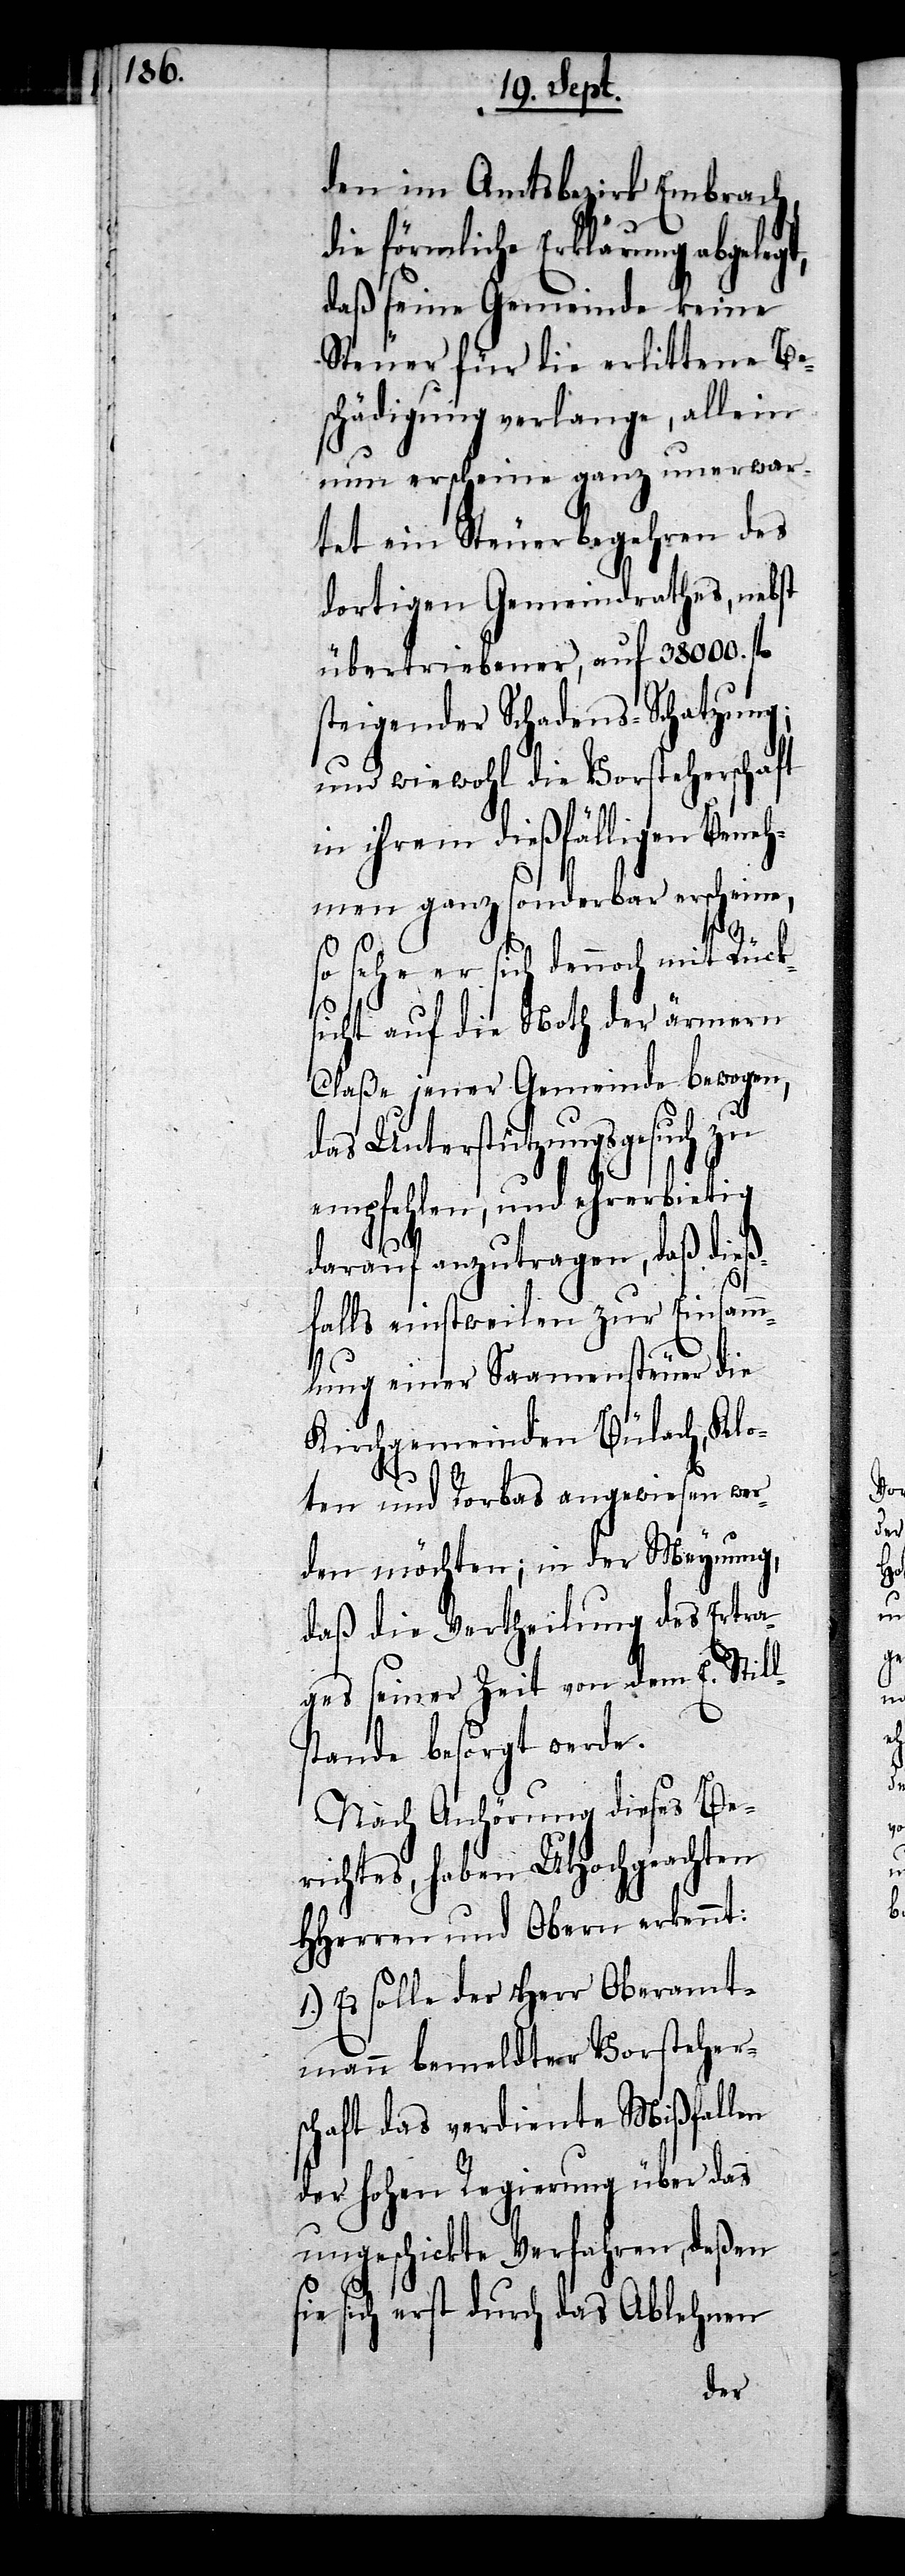
t,

den im Amtsbezirk Embrach,
die förmliche Erklärung abgeleg¬
daß seine Gemeinde keine
Steuer für die erlittene Be¬
schädigung verlange, allein
nun erscheine ganz unerwar¬
tet ein Steuerbegehren des
dortigen Gemeindrathes, nebst
übertriebener, auf 38000. fl
steigender Schadens-Schatzung;
und wiewohl die Vorsteherschaft
in ihrem dießfälligen Beneh¬
men ganz sonderbar erscheine,
so sehe er sich dennoch mit Rück¬
sicht auf die Noth der ärmern
Claße jener Gemeinde bewogen,
das Unterstützungsgesuch zu
empfehlen, und ehrerbietig
darauf anzutragen, daß die¬
ßfalls einstweilen zur Einsam¬
mlung einer Saamensteuer die
Kirchgemeinden Bülach, Klo¬
ten und Rorbas angewiesen wer¬
den möchten; in der Meynung,
daß die Vertheilung des Ertra¬
ges seiner Zeit von dem L. Stil¬
lstande besorgt werde.
Nach Anhörung dieses Be¬
richtes, haben UHochgeachten
HHerren und Obern erkennt:
1.) Es solle der Herr Oberamt¬
mann bemeldter Vorsteher¬
schaft das verdiente Mißfallen
der hohen Regierung über das
ungeschickte Verfahren, deßen
sich erst durch das Ablehnen